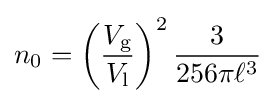
n_{0}=\left({\frac {V_{\text{g}}}{V_{\text{l}}}}\right)^{2}{\frac {3}{256\pi \ell ^{3}}}